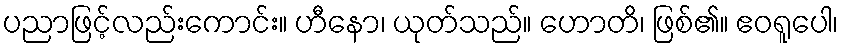
ပညာဖြင့်လည်းကောင်း။ ဟီနော၊ ယုတ်သည်။ ဟောတိ၊ ဖြစ်၏။ ဧဝရူပေါ၊